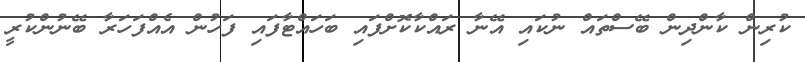
ކުރިން ކާންދިން ބޭސްތައް ނުކައި އޭނާ ރައްކާކޮށްފައި ބަހައްޓާފައި ފަހުން އެއްފަހަރާ ބޭނުންކުރީ